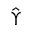
\hat { \Upsilon }